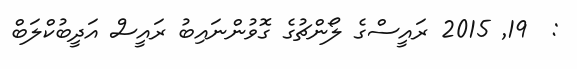
:  19